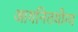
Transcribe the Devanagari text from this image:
आयनितयोग्य